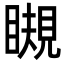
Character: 瞡